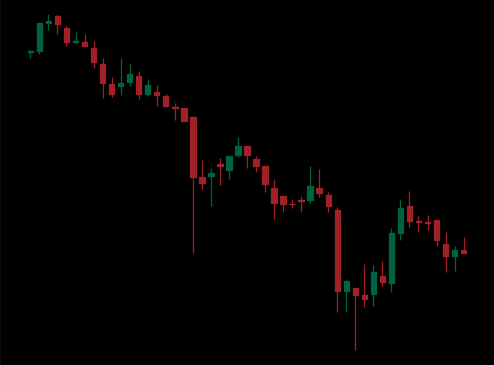
Pattern: bull_flag